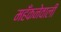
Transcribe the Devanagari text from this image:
महँकनेवाली